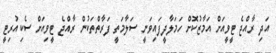
އަދި ރާއްޖެ ޓީވީއަށް އަމާޒުކޮށް ހަމަލާދީފައިވަނީ ސަލާމަތީ ފަރާތްތަކުން ރާއްޖެ ޓީވިއަށް ސެކިއުރިޓީ